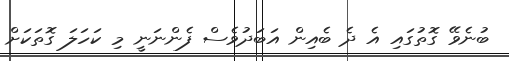
ބުނެވޭ ގޮތުގައި އެ ދެ ބެއިން އަބަދުވެސް ފެންނަނީ މި ކަހަލަ ގޮތަކަށް